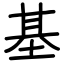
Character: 基